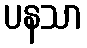
ပနသာ